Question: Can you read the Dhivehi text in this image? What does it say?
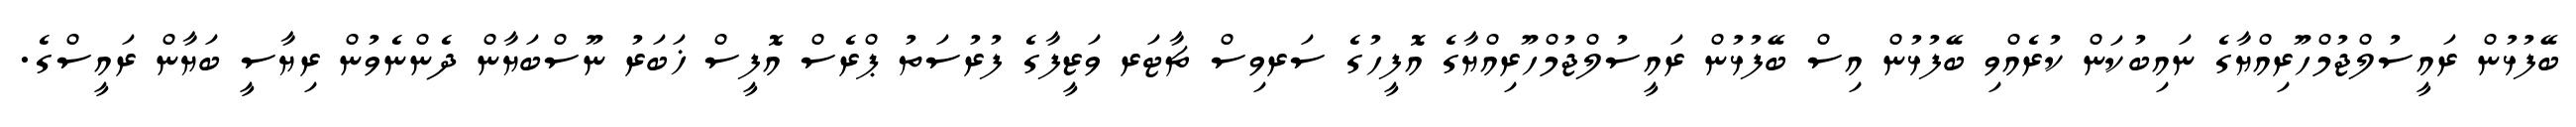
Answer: ބޭފުޅުން ރައީސުލްޖުމްހޫރިއްޔާގެ ނައިބުކަން ކުރެއްވި ބޭފުޅުން އިސް ބޭފުޅުން ރައީސުލްޖުމްހޫރިއްޔާގެ އޮފީހުގެ ސަރވިސް ޗާޓަރ ވަޒީފާގެ ފުރުސަތު ޕްރެސް އޮފީސް ޚަބަރު ނޫސްބަޔާން ދެންނެވުން ރިޔާސީ ބަޔާން ރައީސްގެ.